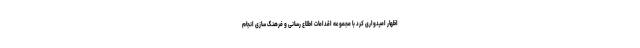
اظهار امیدواری کرد با مجموعه اقدامات اطلاع رسانی و فرهنگ سازی انجام